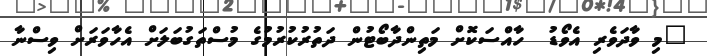
"މި ވާދަވެރި އެވޯޑު  ހާއްސަކޮށް މަތިންދާބޯޓުން ދަތުރުކުރުމުގެ މުސްތަގުބަލަށް އެހާވަރަށް ވިސްނާ